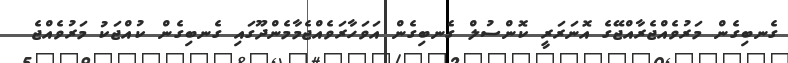
ގެނބިގެން މަރުވެއްޖެރާއްޖޭގެ އޮނަރަރީ ކޮންސުލް ގެނބިގެން އަވަހާރަވެއްޖެމާމެންދޫގައި ގެނބިގެން ކުއްޖަކު މަރުވެއްޖެ